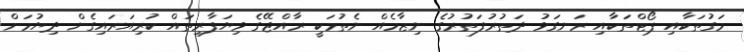
މަގުތަކާއި ޕޯޓްތަކާއި ރަނގަޅު ދަތުރުފަތުރުގެ ނިޒާމެއް ނެތުމަކީ ރާއްޖޭގެ ވިޔަފާރިތައް ކުރިއަރައިގެން ދިޔުމަށް